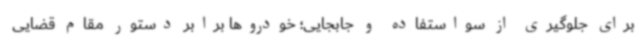
برای جلوگیری از سواستفاده و جابجایی؛ خودروها برابر دستور مقام قضایی